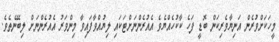
މީހަކަށްވުރެން އަނިޔާވެރިކަން ބޮޑީ ފަހެ ކާކުހެއްޔެވެ އެއުރެންނަށްޓަކައި ލިޔުއްވާފައިވާ މިންވަރު އެއުރެންނަށް ލިބޭނެތެވެ.